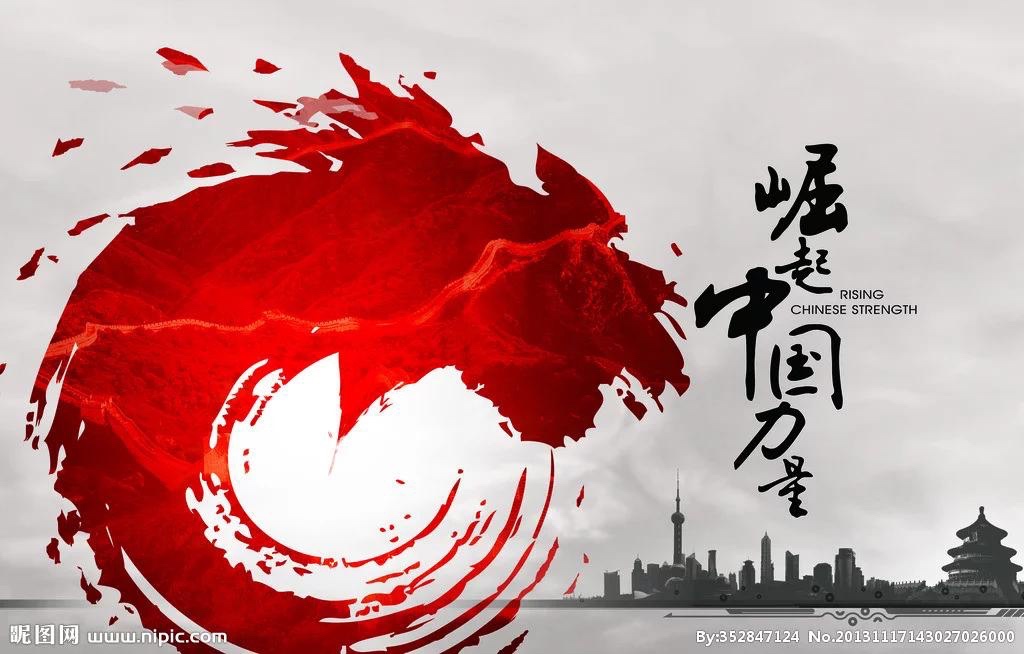
辛苦遭逢起一经，干戈寥落四周星。